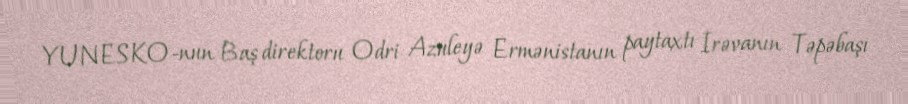
YUNESKO-nun Baş direktoru Odri Azuleyə Ermənistanın paytaxtı İrəvanın Təpəbaşı